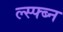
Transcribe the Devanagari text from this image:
ल्स्फ्ब्न